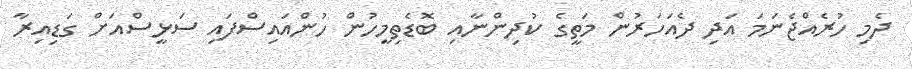
ދެމި ހުރެއްޖެނަމަ އަދި ދެއަހަރުން މަތީގެ ކުދިންނާއި ބޮޑެތިމީހުން ހުންއައިސްފައި ސަޅީސްއަށް ގަޑިއިރާ